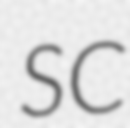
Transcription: SC